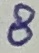
Text: 8